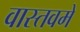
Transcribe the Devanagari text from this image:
वास्तवमें